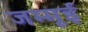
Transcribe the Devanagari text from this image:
जम्मूई